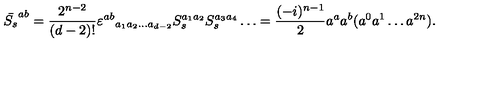
\bar { S _ { s } } ^ { a b } = \frac { 2 ^ { n - 2 } } { ( d - 2 ) ! } \varepsilon ^ { a b } { } _ { a _ { 1 } a _ { 2 } \ldots a _ { d - 2 } } S _ { s } ^ { a _ { 1 } a _ { 2 } } S _ { s } ^ { a _ { 3 } a _ { 4 } } \ldots = \frac { ( - i ) ^ { n - 1 } } { 2 } a ^ { a } a ^ { b } ( a ^ { 0 } a ^ { 1 } \ldots a ^ { 2 n } ) .